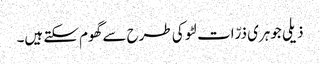
ذیلی جوہری ذرّات لٹو کی طرح سے گھوم سکتے ہیں۔